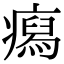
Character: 𤺎